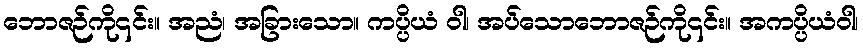
ဘောဇဉ်ကို၎င်း။ အညံ၊ အခြားသော။ ကပ္ပိယံ ဝါ၊ အပ်သောဘောဇဉ်ကို၎င်း။ အကပ္ပိယံဝါ၊